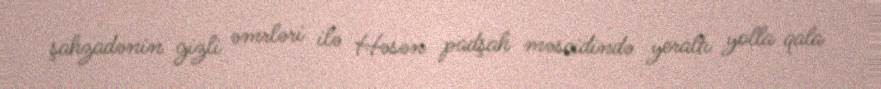
şahzadənin gizli əmrləri ilə Həsən padşah məscidində yeraltı yolla qala